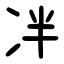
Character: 冸